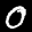
Label: 0